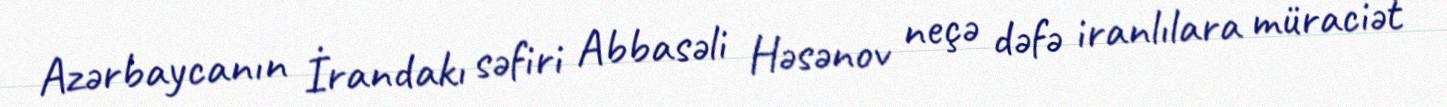
Azərbaycanın İrandakı səfiri Abbasəli Həsənov neçə dəfə iranlılara müraciət